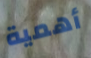
أهمية